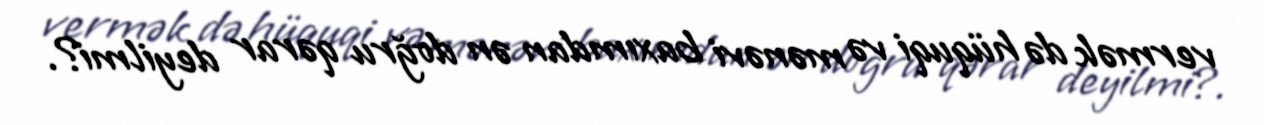
vermək də hüquqi və mənəvi baxımdan ən doğru qərar deyilmi?.